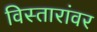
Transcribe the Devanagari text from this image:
विस्तारांवर